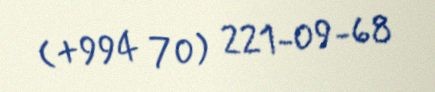
(+994 70) 221-09-68